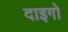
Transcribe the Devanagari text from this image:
दाइगो